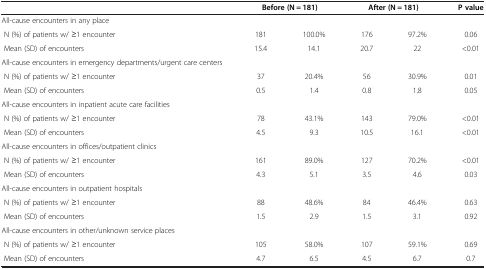
<table><thead><tr><td><b> </b></td><td colspan="2"><b>Before (N = 181)</b></td><td colspan="2"><b>After (N = 181)</b></td><td><b>P value</b></td></tr></thead><tbody><tr><td>All-cause encounters in any place</td><td> </td><td> </td><td> </td><td> </td><td> </td></tr><tr><td> N (%) of patients w/ ≥1 encounter</td><td>181</td><td>100.0%</td><td>176</td><td>97.2%</td><td>0.06</td></tr><tr><td> Mean (SD) of encounters</td><td>15.4</td><td>14.1</td><td>20.7</td><td>22</td><td>&lt;0.01</td></tr><tr><td>All-cause encounters in emergency departments/urgent care centers</td><td> </td><td> </td><td> </td><td> </td><td> </td></tr><tr><td> N (%) of patients w/ ≥1 encounter</td><td>37</td><td>20.4%</td><td>56</td><td>30.9%</td><td>0.01</td></tr><tr><td> Mean (SD) of encounters</td><td>0.5</td><td>1.4</td><td>0.8</td><td>1.8</td><td>0.05</td></tr><tr><td>All-cause encounters in inpatient acute care facilities</td><td> </td><td> </td><td> </td><td> </td><td> </td></tr><tr><td> N (%) of patients w/ ≥1 encounter</td><td>78</td><td>43.1%</td><td>143</td><td>79.0%</td><td>&lt;0.01</td></tr><tr><td> Mean (SD) of encounters</td><td>4.5</td><td>9.3</td><td>10.5</td><td>16.1</td><td>&lt;0.01</td></tr><tr><td>All-cause encounters in offices/outpatient clinics</td><td> </td><td> </td><td> </td><td> </td><td> </td></tr><tr><td> N (%) of patients w/ ≥1 encounter</td><td>161</td><td>89.0%</td><td>127</td><td>70.2%</td><td>&lt;0.01</td></tr><tr><td> Mean (SD) of encounters</td><td>4.3</td><td>5.1</td><td>3.5</td><td>4.6</td><td>0.03</td></tr><tr><td>All-cause encounters in outpatient hospitals</td><td> </td><td> </td><td> </td><td> </td><td> </td></tr><tr><td> N (%) of patients w/ ≥1 encounter</td><td>88</td><td>48.6%</td><td>84</td><td>46.4%</td><td>0.63</td></tr><tr><td> Mean (SD) of encounters</td><td>1.5</td><td>2.9</td><td>1.5</td><td>3.1</td><td>0.92</td></tr><tr><td>All-cause encounters in other/unknown service places</td><td> </td><td> </td><td> </td><td> </td><td> </td></tr><tr><td> N (%) of patients w/ ≥1 encounter</td><td>105</td><td>58.0%</td><td>107</td><td>59.1%</td><td>0.69</td></tr><tr><td> Mean (SD) of encounters</td><td>4.7</td><td>6.5</td><td>4.5</td><td>6.7</td><td>0.7</td></tr></tbody></table>